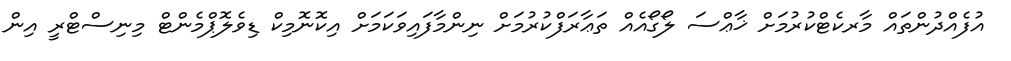
އުފެއްދުންތައް މާރކެޓްކުރުމަށް ޚާޢްސަ ލޯގޯއެއް ތަޢާރަފްކުރުމަށް ނިންމާފައިވަކަމަށް އިކޮނޮމިކް ޑިވެލޮޕްމެންޓް މިނިސްޓްރީ އިން